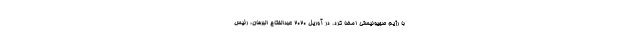
با رژیم صهیونیستی امضا کرد. در آوریل ۲۰۲۰ عبدالفتاح البرهان، رئیس